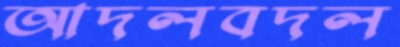
আদলবদল